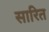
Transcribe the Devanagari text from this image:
सारित